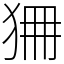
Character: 狦